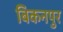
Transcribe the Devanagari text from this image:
बिकनपुर